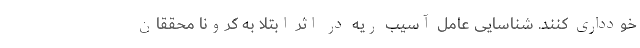
خودداری کنند. شناسایی عامل آسیب ریه در اثر ابتلا به کرونا محققان